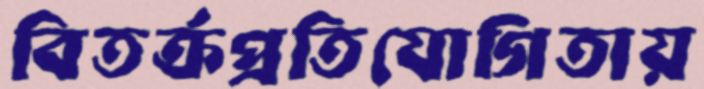
বিতর্ক্রপ্রতিযোগিতায়